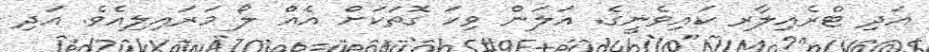
އަދި ޓްރެއިލާރ ކައިވެނީގެ. އަލަން ވިހަ ގޮތަކަށް އެއް ލޯ މަރައިލިއެވެ. އަދި